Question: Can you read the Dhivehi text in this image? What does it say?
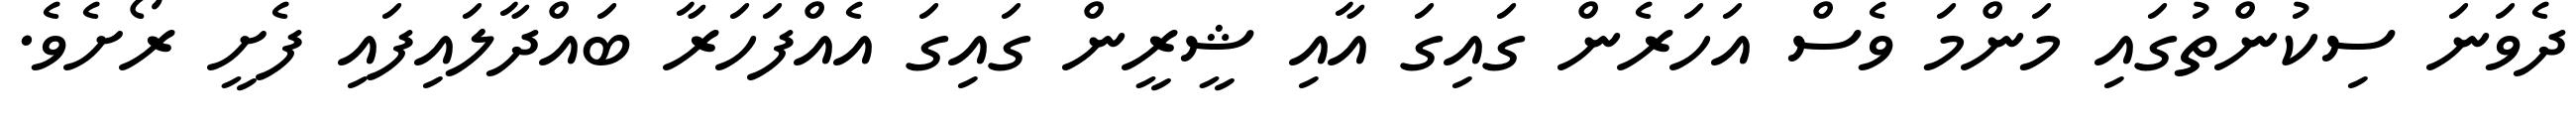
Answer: ދެވަނަ ސިކުންތުގައި މަންމަ ވެސް އަހަރެން ގައިގަ އާއި ޝީރީން ގައިގަ އެއްފަހަރާ ބައްދާލައިފައި ފެށީ ރޯށެވެ.